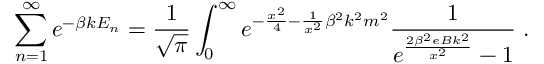
\sum _ { n = 1 } ^ { \infty } e ^ { - \beta k E _ { n } } = \frac { 1 } { \sqrt { \pi } } \int _ { 0 } ^ { \infty } e ^ { - \frac { x ^ { 2 } } { 4 } - \frac { 1 } { x ^ { 2 } } { \beta } ^ { 2 } k ^ { 2 } m ^ { 2 } } \frac { 1 } { e ^ { \frac { 2 { \beta } ^ { 2 } e B k ^ { 2 } } { x ^ { 2 } } } - 1 } \; .